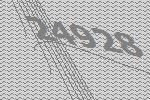
24928